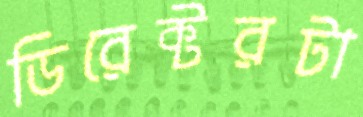
ডিরেক্টরটা